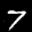
Label: 7